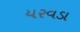
યરવડા